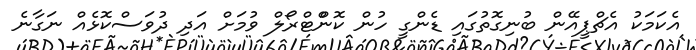
އެކަމަކު އެޗްޕީއޭން ބުނިގޮތުގައި ޑެންގީ ހުން ކޮންްޓްރޯލް ވުމަށް އަދި ދުވަސްކޮޅެއް ނަގާނެ